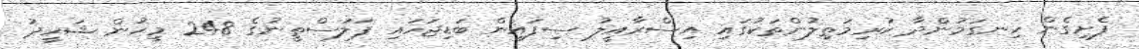
ފެށިގެން ހިނގަމުންދާ ކުރިމަތިލުންތަކުގައި އިސްރާއީލު ސިފައިން ބަޑިޖަހައި ފަލަސްތީނުގެ 248 މީހުން ޝަހީދު